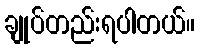
ချုပ်တည်းရပါတယ်။